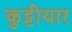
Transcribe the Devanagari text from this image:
कुट्टीयार